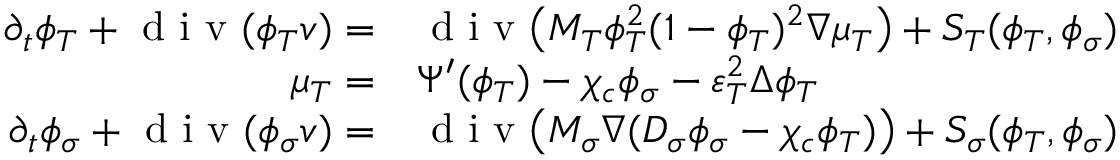
\begin{array} { r l } { \partial _ { t } \phi _ { T } + \textup { d i v } ( \phi _ { T } v ) = } & { \textup { d i v } \big ( M _ { T } \phi _ { T } ^ { 2 } ( 1 - \phi _ { T } ) ^ { 2 } \nabla \mu _ { T } \big ) + S _ { T } ( \phi _ { T } , \phi _ { \sigma } ) } \\ { \mu _ { T } = } & { \Psi ^ { \prime } ( \phi _ { T } ) - \chi _ { c } \phi _ { \sigma } - \varepsilon _ { T } ^ { 2 } \Delta \phi _ { T } } \\ { \partial _ { t } \phi _ { \sigma } + \textup { d i v } ( \phi _ { \sigma } v ) = } & { \textup { d i v } \big ( M _ { \sigma } \nabla ( D _ { \sigma } \phi _ { \sigma } - \chi _ { c } \phi _ { T } ) \big ) + S _ { \sigma } ( \phi _ { T } , \phi _ { \sigma } ) } \end{array}